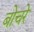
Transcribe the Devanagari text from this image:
बोचरे